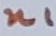
Text: n1